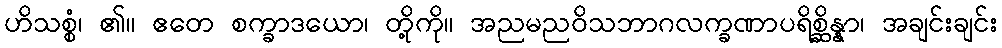
ဟိသစ္စံ၊ ၏။ ဧတေ စက္ခာဒယော၊ တို့ကို။ အညမညဝိသဘာဂလက္ခဏာပရိစ္ဆိန္နာ၊ အချင်းချင်း